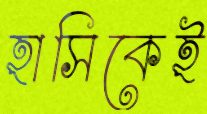
হাসিকেই